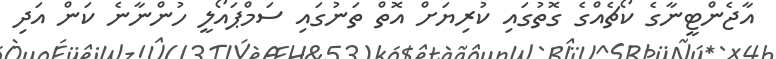
އާޖެންޓީނާގެ ކޯޗެއްގެ ގޮތުގައި ކުރިޔަށް އޮތް ތަނުގައި ސަމްޕައޯލީ ހުންނާނެ ކަން އަދި